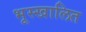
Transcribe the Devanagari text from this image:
भूस्खालित